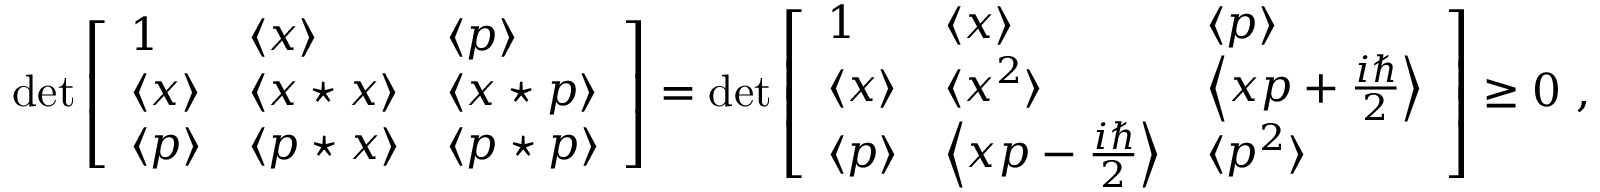
\operatorname* { d e t } { \left[ \begin{array} { l l l } { 1 } & { \langle x \rangle } & { \langle p \rangle } \\ { \langle x \rangle } & { \langle x \star x \rangle } & { \langle x \star p \rangle } \\ { \langle p \rangle } & { \langle p \star x \rangle } & { \langle p \star p \rangle } \end{array} \right] } = \operatorname* { d e t } { \left[ \begin{array} { l l l } { 1 } & { \langle x \rangle } & { \langle p \rangle } \\ { \langle x \rangle } & { \langle x ^ { 2 } \rangle } & { \left\langle x p + { \frac { i \hbar } { 2 } } \right\rangle } \\ { \langle p \rangle } & { \left\langle x p - { \frac { i \hbar } { 2 } } \right\rangle } & { \langle p ^ { 2 } \rangle } \end{array} \right] } \geq 0 ~ ,